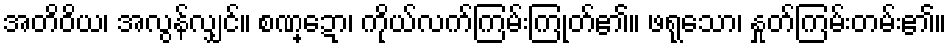
အတိဝိယ၊ အလွန်လျှင်။ စဏ္ဍော၊ ကိုယ်လက်ကြမ်းကြုတ်၏။ ဖရုသော၊ နှုတ်ကြမ်းတမ်း၏။